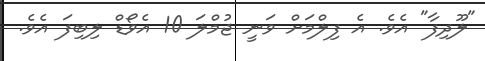
"ލޫދިފާ" އެވެ. އެ ފިލްމަށް ވަނީ ޖުމްލަ 10 އެވޯޑް ލިބިފަ އެވެ.